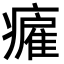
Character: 𤺮